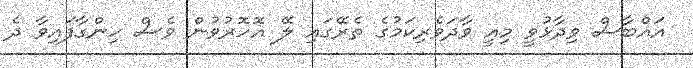
އައްބާސް ވިދާޅުވީ މިއީ ވާދަވެރިކަމުގެ ތެރޭގައި ލޭ އޮހޮރުވުން ވެސް ހިންގާފައިވާ ދެ